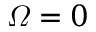
\varOmega = 0